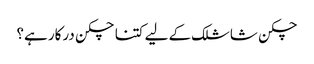
چکن شاشلک کے لیے کتنا چکن درکار ہے؟